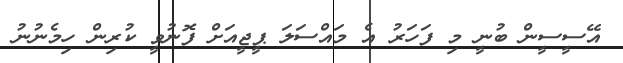
އޭސީސީން ބުނީ މި ފަހަރު އެ މައްސަލަ ޕީޖީއަށް ފޮނުވީ ކުރިން ހިމެނުނު